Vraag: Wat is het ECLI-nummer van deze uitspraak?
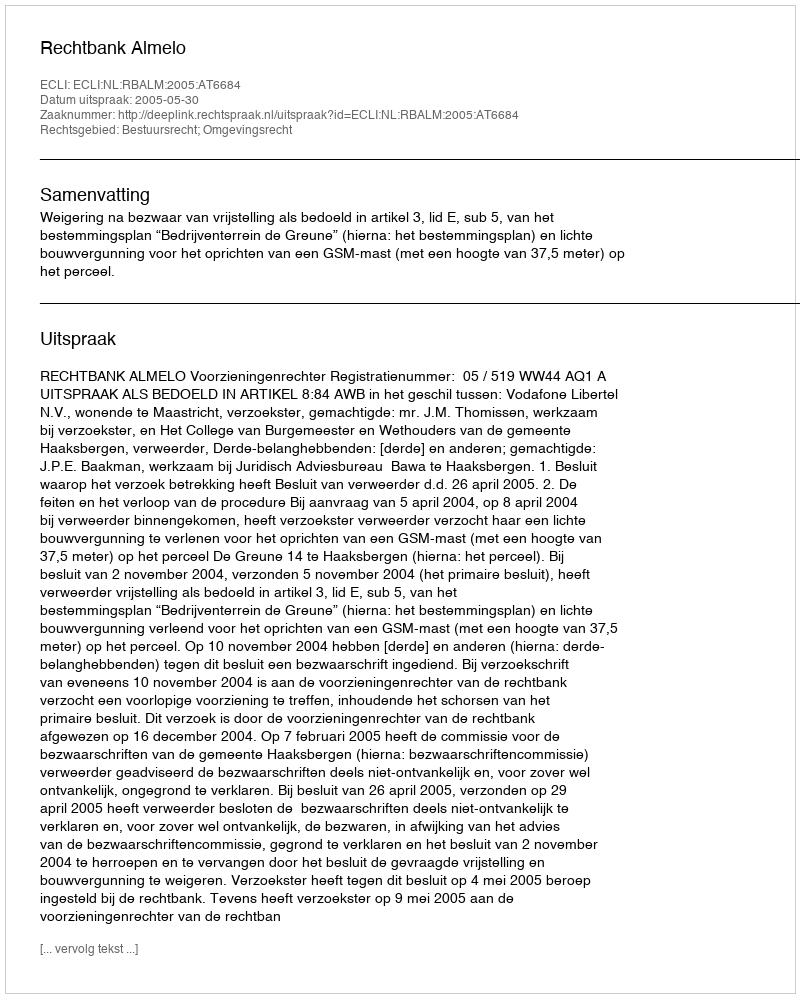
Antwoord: ECLI:NL:RBALM:2005:AT6684